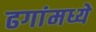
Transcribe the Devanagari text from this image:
ढगांमध्ये